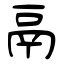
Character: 鬲